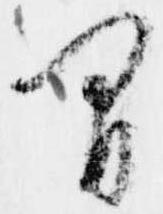
間